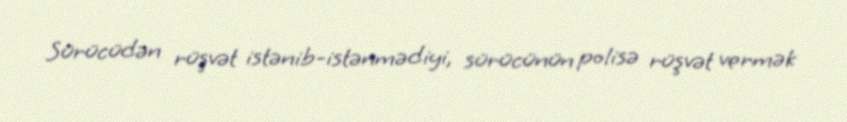
Sürücüdən rüşvət istənib-istənmədiyi, sürücünün polisə rüşvət vermək